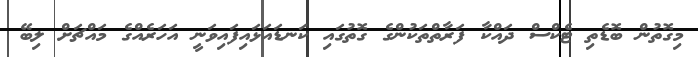
މިގޮތުން ބޮޑެތި ޓެކްސް ދައްކާ ފަރާތްތަކުންގެ ގޮތުގައި ކަނޑައަޅައިފައިވަނީ އަހަރެއްގެ މައްޗަށް ލިބޭ